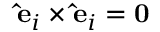
\mathbf { \hat { e } } _ { i } \times \mathbf { \hat { e } } _ { i } = \mathbf { 0 }